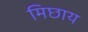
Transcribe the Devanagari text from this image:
मिछाय